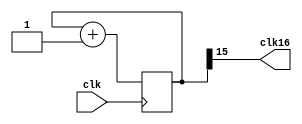
module clock_divisor(clk16, clk);
input clk;
output clk16;
reg [15:0] num;
wire [15:0] next_num;

always @(posedge clk) begin
  num <= next_num;
end

assign next_num = num + 1'b1;
assign clk16 = num[15];
endmodule